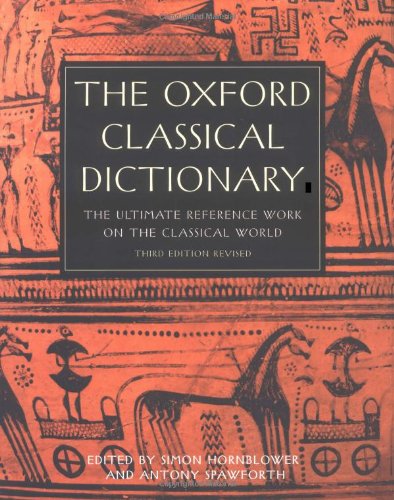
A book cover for The Oxford Classical Dictionary; History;